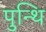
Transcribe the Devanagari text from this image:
पुन्थि